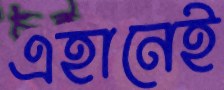
এহানেই